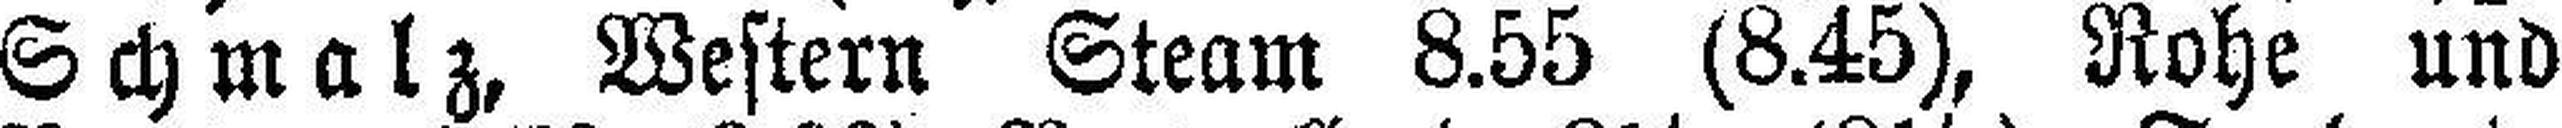
Schmalz, Western Steam 8.55 (8.45), Rohe und